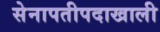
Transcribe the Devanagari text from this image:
सेनापतीपदाखाली